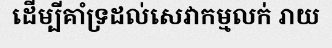
ដើម្បីគាំទ្រដល់សេវាកម្មលក់ រាយ